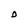
Character: 0